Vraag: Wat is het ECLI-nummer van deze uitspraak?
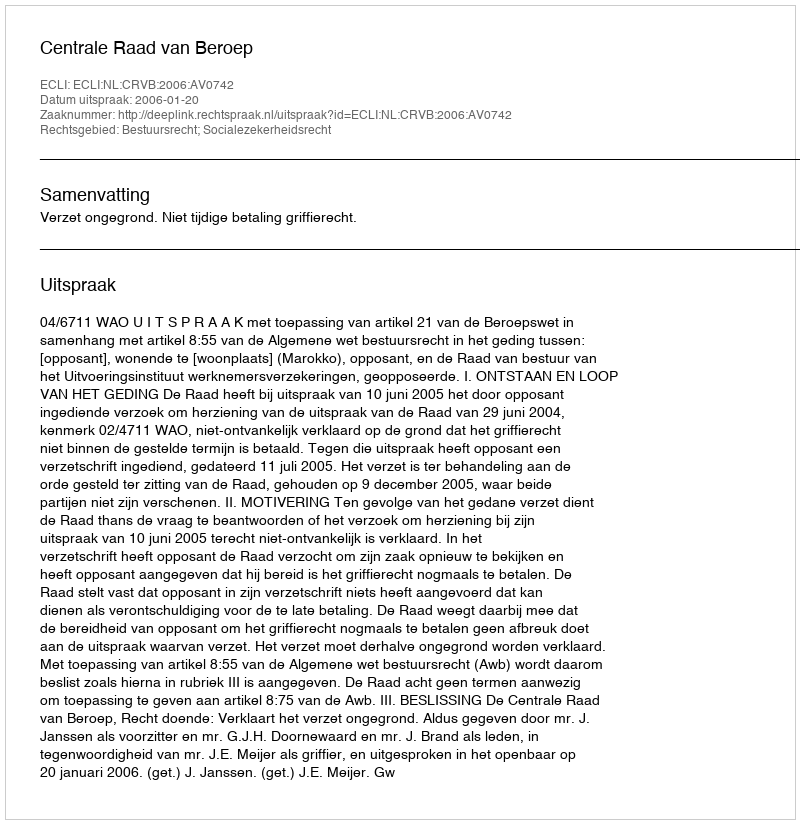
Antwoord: ECLI:NL:CRVB:2006:AV0742